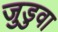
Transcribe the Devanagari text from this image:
जुडुवा